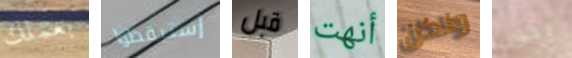
بعملك إستيقظوا قبل أنهت ولكن يكون